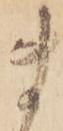
ま